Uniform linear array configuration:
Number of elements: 12
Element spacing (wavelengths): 0.75
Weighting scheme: blackman
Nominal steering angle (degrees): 45
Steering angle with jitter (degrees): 44.029
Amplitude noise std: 0.05
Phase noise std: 0.05

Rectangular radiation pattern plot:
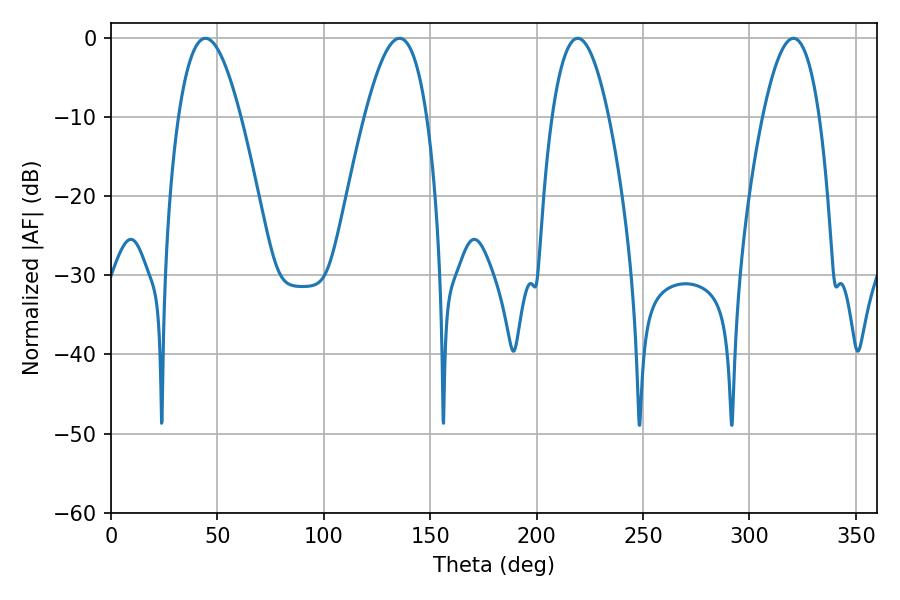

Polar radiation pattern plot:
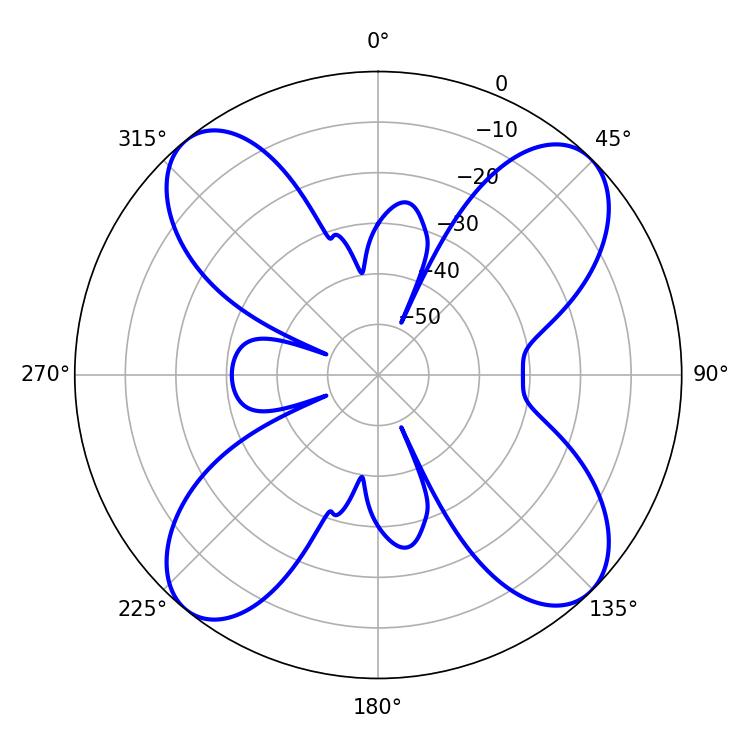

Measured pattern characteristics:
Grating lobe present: TRUE
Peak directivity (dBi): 14.192
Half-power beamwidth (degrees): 15.84
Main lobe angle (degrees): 44.46